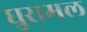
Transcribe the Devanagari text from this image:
घुरामल